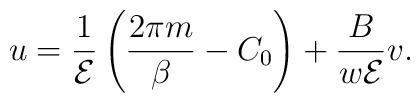
u=\frac{1}{{\cal E}}\left(\frac{2\pi m}{\beta}-C_0\right)+\frac{B}{w{\cal E}}v.